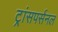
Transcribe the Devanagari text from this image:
ट्रांसपर्सनल